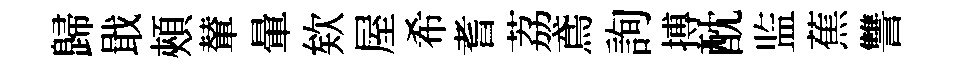
歸戢頰輦暈欸屋希耆荔鳶詢搏酖监蕉讐